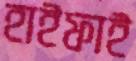
হাইফাই